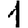
Digit: 1